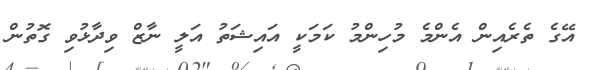
އޭގެ ތެރެއިން އެންމެ މުހިންމު ކަމަކީ އައިޝަތު އަލީ ނާޒް ވިދާޅުވި ގޮތުން